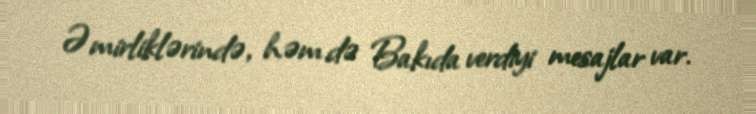
Əmirliklərində, həm də Bakıda verdiyi mesajlar var.